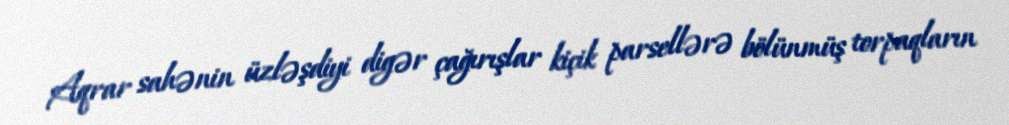
Aqrar sahənin üzləşdiyi digər çağırışlar kiçik parsellərə bölünmüş torpaqların